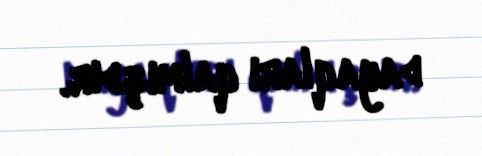
dayaqları qalmışdır.